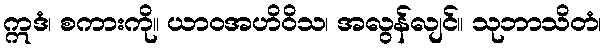
ဣဒံ၊ စကားကို။ ယာဝအဟိဝိသ၊ အလွန်လျင်။ သုဘာသိတံ၊